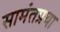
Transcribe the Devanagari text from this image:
सामंतप्रथा